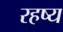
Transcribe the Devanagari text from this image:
रहष्य